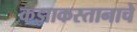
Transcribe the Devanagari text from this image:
कझाकस्तानाचे